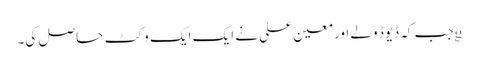
gجب کہ ڈیوڈ ولے اور معین علی نے ایک ایک وکٹ حاصل کی۔